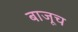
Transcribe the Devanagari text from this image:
बाजूच